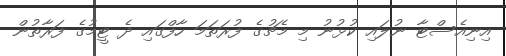
އިނިއެސްޓާ ނުލައި ކުޅުނު މި މެޗުގެ ފުރަތަމަ ހާފްގައި ދެ ޓީމުގެ ފަރާތުން